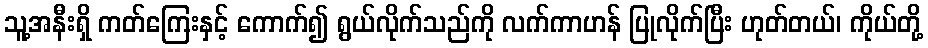
သူ့အနီးရှိ ကတ်ကြေးနှင့် ကောက်၍ ရွယ်လိုက်သည်ကို လက်ကာဟန် ပြုလိုက်ပြီး ဟုတ်တယ်၊ ကိုယ်တို့